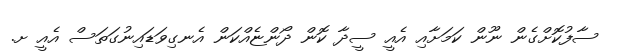
ސާފުކޮށްގެން ނޫން ކަމަށާއި އެއީ ސީދާ ކޮން ދޯންޏެއްކަން އެނގިވަޑައިނުގަތަސް އެއީ ށ.